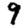
Digit: 9